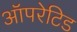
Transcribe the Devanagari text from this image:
ऑपरेटिड